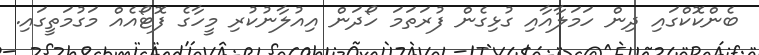
ބެންކޮކްގައި ދިން ހަމަލާއާއި ގުޅިގެން ފުރަތަމަ ހޯދަން އިއުލާނުކުރި މީހާގެ ފޮޓޯއެއް މަގުމަތީގައި.